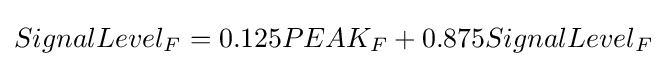
SignalLevel_{F}=0.125PEAK_{F}+0.875SignalLevel_{F}